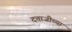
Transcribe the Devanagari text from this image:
दत्ताजीच्या